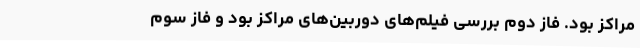
مراکز بود. فاز دوم بررسی فیلم‌های دوربین‌های مراکز بود و فاز سوم